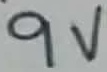
Text: 9V